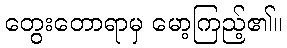
တွေးတောရာမှ မော့ကြည့်၏။